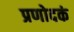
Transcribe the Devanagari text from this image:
प्रणोदकं